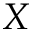
X